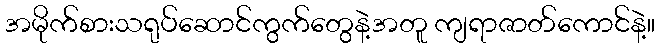
အမိုက်စားသရုပ်ဆောင်ကွက်တွေနဲ့အတူ ကျရာဇာတ်ကောင်နဲ့။